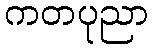
ကတပုညာ